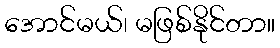
အောင်မယ်၊ မဖြစ်နိုင်တာ။